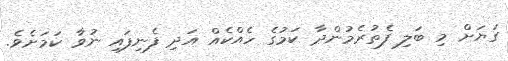
ގަޔަށް މި ބަލި ފެތުރެމުންދާ ކަމުގެ ހެއްކެއް އަދި ފެނިފައި ނުވާ ކަމަށެވެ.